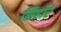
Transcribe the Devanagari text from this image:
सिहोरे